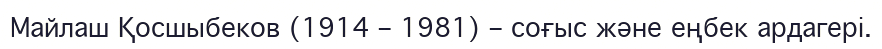
Майлаш Қосшыбеков (1914 – 1981) – соғыс және еңбек ардагері.